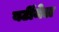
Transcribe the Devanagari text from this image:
बर्टीनेल